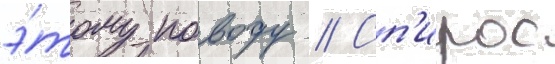
э́тому поводу // Сп'ирос